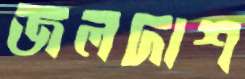
জলদাশ